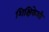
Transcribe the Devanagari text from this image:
शिक्षिकेशी